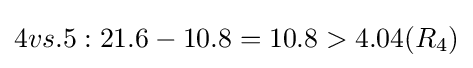
4vs.5:21.6-10.8=10.8>4.04(R_{4})